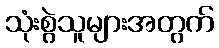
သုံးစွဲသူများအတွက်